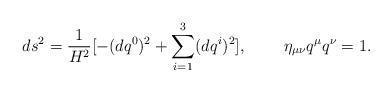
LaTeX: \begin{align*}ds^2=\frac{1}{H^2}[-(dq^0)^2+\sum_{i=1}^{3}(dq^{i})^2],\;\;\;\;\;\;\;\;\eta_{\mu\nu}q^\mu q^\nu=1.\end{align*}